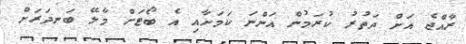
ރާއްޖެ އަށް ދަތުރު ކުރަމުން އަންނަ ކަމަށާއި އެ ބޯޓަށް މާލޭ ބަނދަރަށް